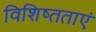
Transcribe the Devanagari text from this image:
विशिष्तताएं